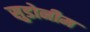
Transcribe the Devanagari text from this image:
सुडोनीम